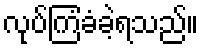
လုပ်ကြံခံခဲ့ရသည်။